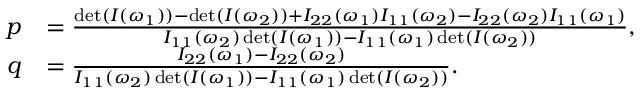
\begin{array} { r l } { p } & { = \frac { \operatorname* { d e t } ( I ( \omega _ { 1 } ) ) - \operatorname* { d e t } ( I ( \omega _ { 2 } ) ) + I _ { 2 2 } ( \omega _ { 1 } ) I _ { 1 1 } ( \omega _ { 2 } ) - I _ { 2 2 } ( \omega _ { 2 } ) I _ { 1 1 } ( \omega _ { 1 } ) } { I _ { 1 1 } ( \omega _ { 2 } ) \operatorname* { d e t } ( I ( \omega _ { 1 } ) ) - I _ { 1 1 } ( \omega _ { 1 } ) \operatorname* { d e t } ( I ( \omega _ { 2 } ) ) } , } \\ { q } & { = \frac { I _ { 2 2 } ( \omega _ { 1 } ) - I _ { 2 2 } ( \omega _ { 2 } ) } { I _ { 1 1 } ( \omega _ { 2 } ) \operatorname* { d e t } ( I ( \omega _ { 1 } ) ) - I _ { 1 1 } ( \omega _ { 1 } ) \operatorname* { d e t } ( I ( \omega _ { 2 } ) ) } . } \end{array}